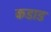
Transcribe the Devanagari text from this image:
कडाड